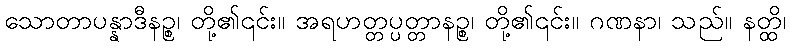
သောတာပန္နာဒီနဉ္စ၊ တို့၏၎င်း။ အရဟတ္တပ္ပတ္တာနဉ္စ၊ တို့၏၎င်း။ ဂဏနာ၊ သည်။ နတ္ထိ၊